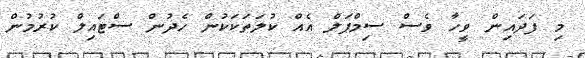
މިި ފަދައިން ވީހާ ވެސް ސިމްޕަލް އެއް ކުލަތަކަކުން ހެދުން ސްޓައިލް ކުރުމުން